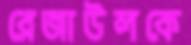
রেজাউলকে